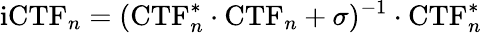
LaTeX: \textrm{iCTF}_{n}=(\textrm{CTF}_{n}^{*}\cdot\textrm{CTF}_{n}+\sigma)^{-1}\cdot\textrm{CTF}_{n}^{*}